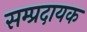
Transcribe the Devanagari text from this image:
सम्‍प्रदायक